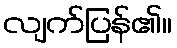
လျက်ပြန်၏။